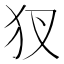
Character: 𤜫